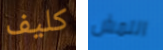
كليف النمش